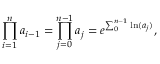
\prod _ { i = 1 } ^ { n } a _ { i - 1 } = \prod _ { j = 0 } ^ { n - 1 } a _ { j } = e ^ { \sum _ { 0 } ^ { n - 1 } \ln ( a _ { j } ) } ,